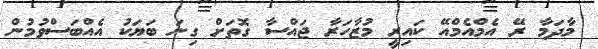
މާދަމާ ރޭ އެމްއެމްއޭ ކައިރީ މުޒާހަރާ ޖައްސާ ގޮތަށް ގިނަ ބަޔަކު އެއްބަސްވުމުން